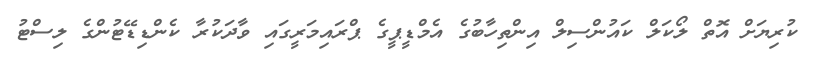
ކުރިޔަށް އޮތް ލޯކަލް ކައުންސިލް އިންތިހާބުގެ އެމްޑީޕީގެ ޕްރައިމަރީގައި ވާދަކުރާ ކެންޑިޑޭޓުންގެ ލިސްޓު